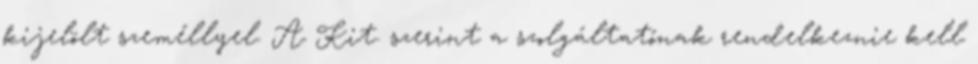
kijelölt személlyel. A Kit. szerint a szolgáltatónak rendelkeznie kell